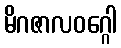
မိဂဇာလဝဂ္ဂေါ